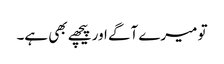
تو میرے آگے اور پیچھے بھی ہے۔